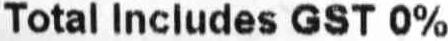
TOTAL INCLUDES GST 0%